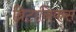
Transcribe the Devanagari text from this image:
ब्रिटानिकस